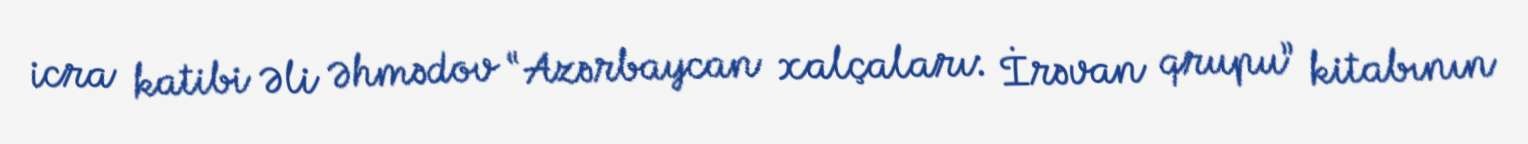
icra katibi Əli Əhmədov “Azərbaycan xalçaları: İrəvan qrupu” kitabının